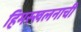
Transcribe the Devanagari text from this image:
हिमस्खलनाची